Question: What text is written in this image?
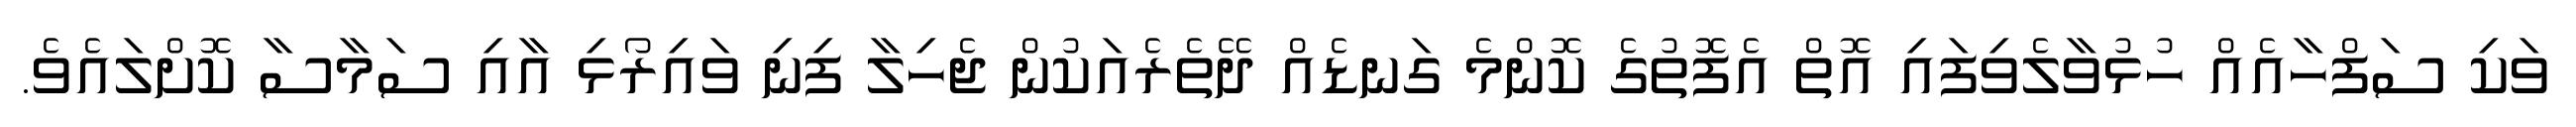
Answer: ވަކި ސަފްހާއެއް ހުޅުވާލެވިފައި އޮތް އެފޮތުގެ ކޮންމެ ގަނޑެއް ދޭތެރެއަކުން ޖެހިލާ ފިނި ވައިރޯޅި އާއި ސަމާސާ ކޮށްލައެވެ.